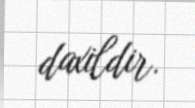
daxildir.